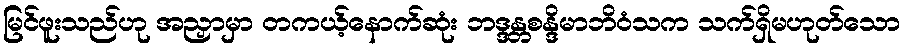
မြင်ဖူးသည်ဟု အညှာမှာ တကယ့်နောက်ဆုံး ဘဒ္ဒန္တစန္ဒိမာဘိဝံသက သက်ရှိမဟုတ်သော